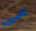
عمى